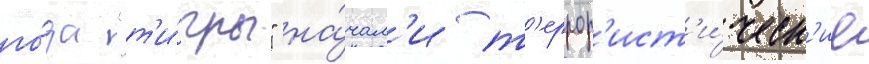
го́да "т'и́гры" на́чал'и т'еррор'ист'и́ческ'ие